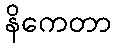
နိကေတာ